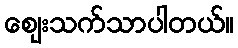
ဈေးသက်သာပါတယ်။